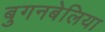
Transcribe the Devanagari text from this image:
बुगनबेलिया